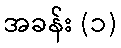
အခန်း (၁)